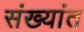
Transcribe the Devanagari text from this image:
संख्यांत